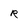
Character: R